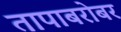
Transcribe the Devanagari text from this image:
तापाबरोबर